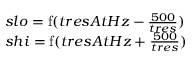
\begin{array} { l c l } { s l o = \operatorname { f } ( t r e s A t H z - { \frac { 5 0 0 } { t r e s } } ) } \\ { s h i = \operatorname { f } ( t r e s A t H z + { \frac { 5 0 0 } { t r e s } } ) } \end{array}